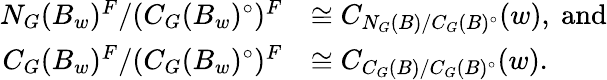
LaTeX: \begin{array}{rl}{N_{G}(B_{w})^{F}/(C_{G}(B_{w})^{\circ})^{F}}&{\cong C_{N_{G}(B)/C_{G}(B)^{\circ}}(w),\ \mathrm{and}}\\ {C_{G}(B_{w})^{F}/(C_{G}(B_{w})^{\circ})^{F}}&{\cong C_{C_{G}(B)/C_{G}(B)^{\circ}}(w).}\end{array}